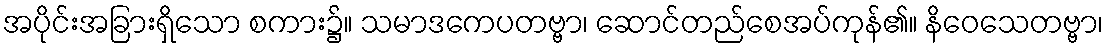
အပိုင်းအခြားရှိသော စကား၌။ သမာဒကေပတဗ္ဗာ၊ ဆောင်တည်စေအပ်ကုန်၏။ နိဝေသေတဗ္ဗာ၊